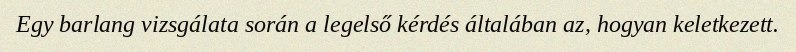
Egy barlang vizsgálata során a legelső kérdés általában az, hogyan keletkezett.